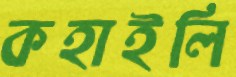
কহাইলি